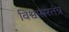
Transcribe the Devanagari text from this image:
विश्वासरतंत्र